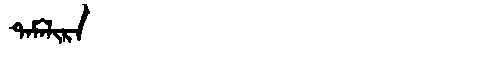
Manchu: ᡨᠠᠮᠠᠯᡳᡵᠠ
Romanization: TAMALIRA